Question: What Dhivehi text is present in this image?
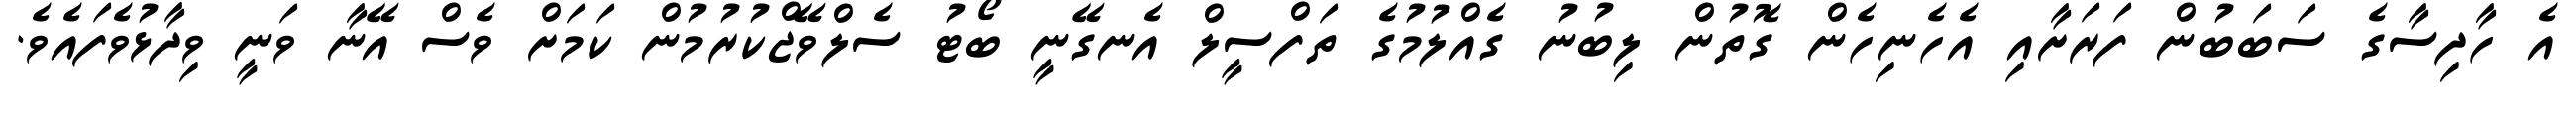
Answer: އެ ހާދިސާގެ ސަބަބުން ފަރަށާއި އެހެނިހެން ގޮތުން ލިބުނު ގެއްލުމުގެ ތަފްސީލް އެނގޭނީ ބޯޓު ސެލްވޭޖްކުރުމުން ކަމަށް ވެސް އޭނާ ވަނީ ވިދާޅުވެފައެވެ.